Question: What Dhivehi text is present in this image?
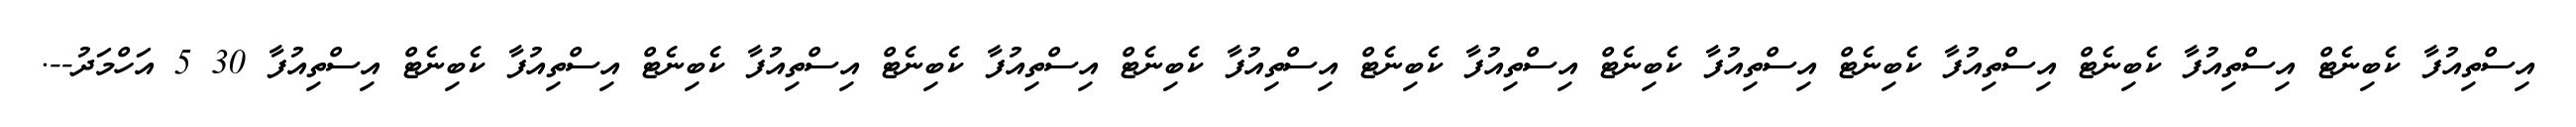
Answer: އިސްތިއުފާ ކެބިނެޓް އިސްތިއުފާ ކެބިނެޓް އިސްތިއުފާ ކެބިނެޓް އިސްތިއުފާ ކެބިނެޓް އިސްތިއުފާ ކެބިނެޓް އިސްތިއުފާ ކެބިނެޓް އިސްތިއުފާ ކެބިނެޓް އިސްތިއުފާ ކެބިނެޓް އިސްތިއުފާ ކެބިނެޓް އިސްތިއުފާ 30 5 އަހްމަދު--.